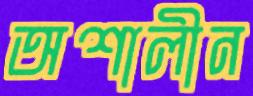
অশালীন